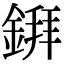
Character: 𫒲